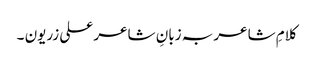
کلامِ شاعر بہ زبانِ شاعر علی زریون ۔